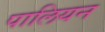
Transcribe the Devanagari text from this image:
पालियन